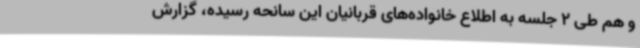
و هم طی 2 جلسه به اطلاع خانواده‌های قربانیان این سانحه رسیده، گزارش